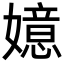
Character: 嬑